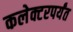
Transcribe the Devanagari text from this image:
कलेक्टरपर्यंत